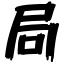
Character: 局